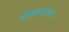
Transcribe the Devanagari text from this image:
कीर्तनगान